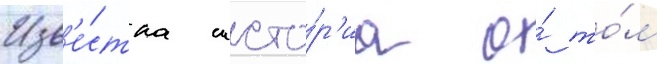
Изв'е́стна исто́р'иа о́ то́м